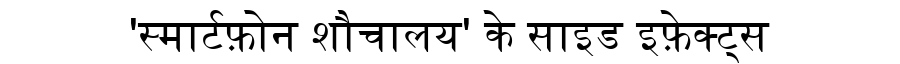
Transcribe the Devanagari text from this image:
'स्मार्टफ़ोन शौचालय' के साइड इफ़ेक्ट्स